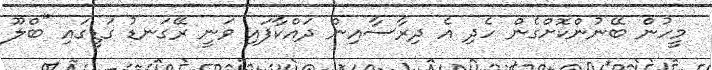
މީހުން ބޭނުންކޮށްގެން ހެދި އެ ދިރާސާއިން ދައްކާފައި ވަނީ ރޭގަނޑު ގަޑީގައި "ބްލޫ